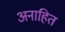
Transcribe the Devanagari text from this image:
अनाहित